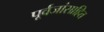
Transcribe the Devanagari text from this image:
पूर्वजांसाहित